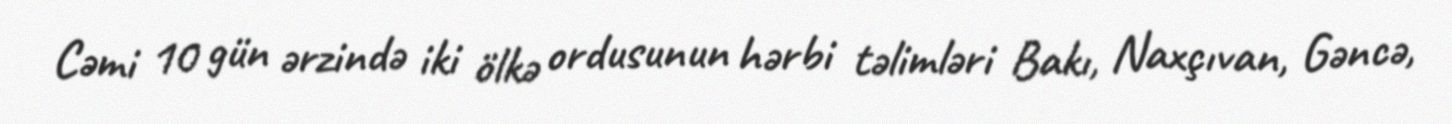
Cəmi 10 gün ərzində iki ölkə ordusunun hərbi təlimləri Bakı, Naxçıvan, Gəncə,